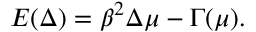
E ( \Delta ) = \beta ^ { 2 } \Delta \mu - \Gamma ( \mu ) .